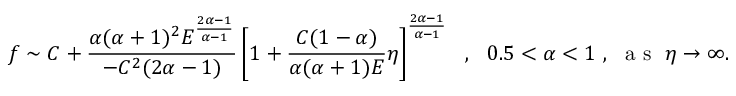
f \sim C + \displaystyle \frac { \alpha ( \alpha + 1 ) ^ { 2 } E ^ { \frac { 2 \alpha - 1 } { \alpha - 1 } } } { - C ^ { 2 } ( 2 \alpha - 1 ) } \left[ 1 + \frac { C ( 1 - \alpha ) } { \alpha ( \alpha + 1 ) E } \eta \right] ^ { \frac { 2 \alpha - 1 } { \alpha - 1 } } ~ ~ , ~ ~ 0 . 5 < \alpha < 1 ~ , ~ \textrm { a s } \ \eta \to \infty .